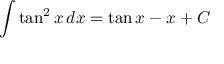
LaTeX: \int \tan ^ { 2 } { x } \, d x = \tan { x } - x + C